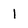
Character: 1